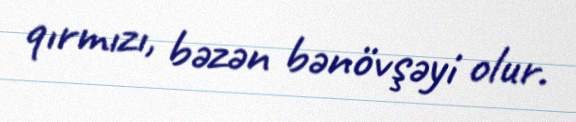
qırmızı, bəzən bənövşəyi olur.